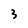
Character: 3